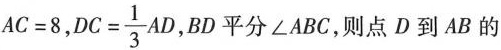
$$A C = 8$$，$$D C = \frac{ 1 } { 3 } A D$$ ，BD平分∠ABC，则点D到AB的